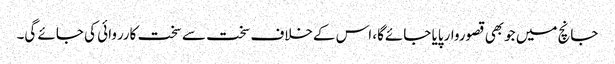
جانچ میں جوبھی قصوروارپایا جائےگا، اس کےخلاف سخت سے سخت کارروائی کی جائے گی۔